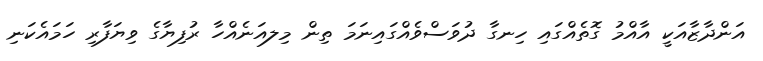
އަންދާޒާއަކީ އާއްމު ގޮތެއްގައި ހިނގާ ދުވަސްވެއްގައިނަމަ ތިން މިލއަނެއްހާ ރުފިޔާގެ ވިޔަފާރި ހަމައެކަނި